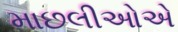
માછલીઓએ